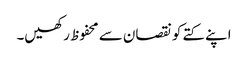
اپنے کتے کو نقصان سے محفوظ رکھیں۔